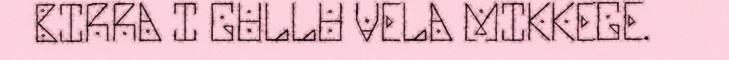
BIRRA I GULLU VELA MIKKEGE.